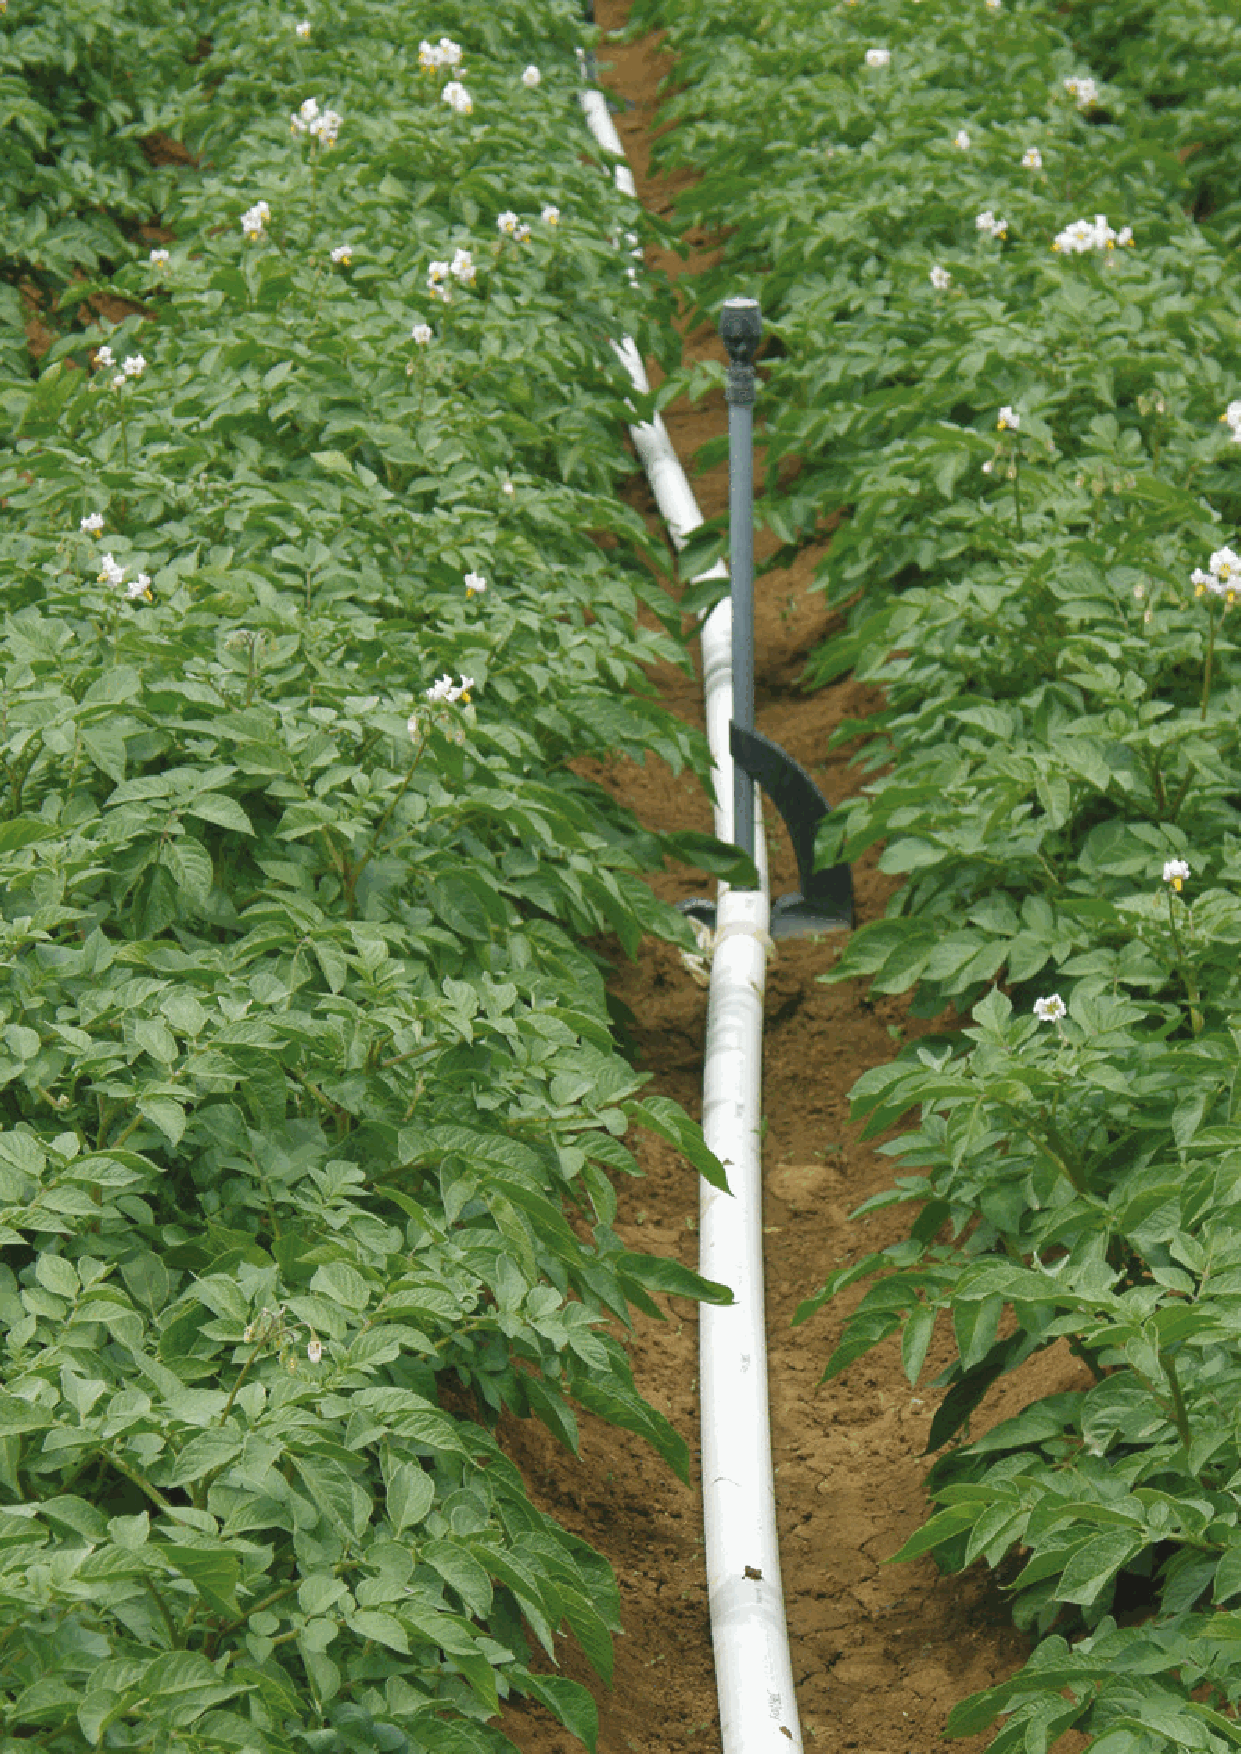
SPRINKLERS 2019 V1.0           MEGANE T™ 24D                       107